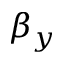
\beta _ { y }